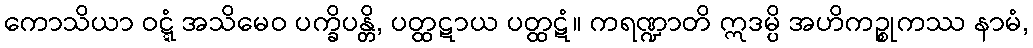
ကောသိယာ ဝဋ္ဋံ အသိမေဝ ပက္ခိပန္တိ, ပတ္ထဋာယ ပတ္ထဋံ။ ကရဏ္ဍာတိ ဣဒမ္ပိ အဟိကဉ္စုကဿ နာမံ,